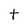
Character: t